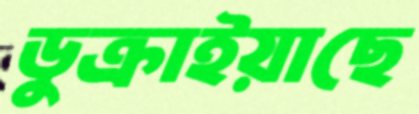
ডুক্‌রাইয়াছে